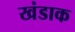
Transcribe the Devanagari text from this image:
खंडाक